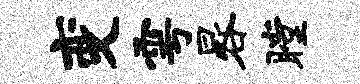
变雩晷瞠